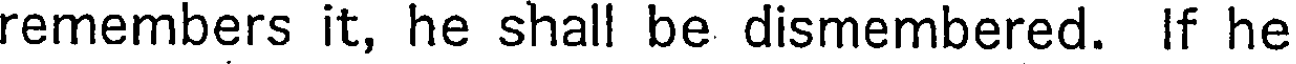
remembers it, he shall be dismembered. If he